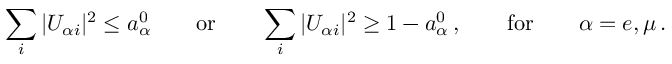
\sum _ { i } | U _ { { \alpha } i } | ^ { 2 } \leq a _ { \alpha } ^ { 0 } \qquad \mathrm { o r } \qquad \sum _ { i } | U _ { { \alpha } i } | ^ { 2 } \geq 1 - a _ { \alpha } ^ { 0 } \, , \qquad \mathrm { f o r } \qquad \alpha = e , \mu \, .